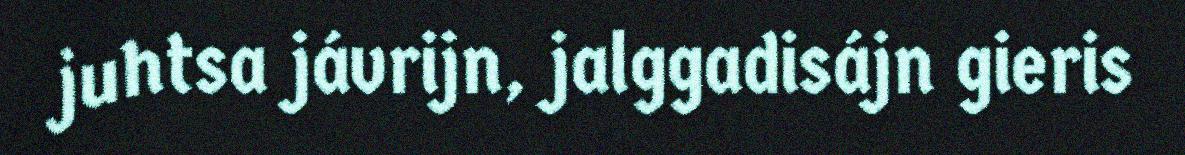
juhtsa jávrijn, jalggadisájn gieris